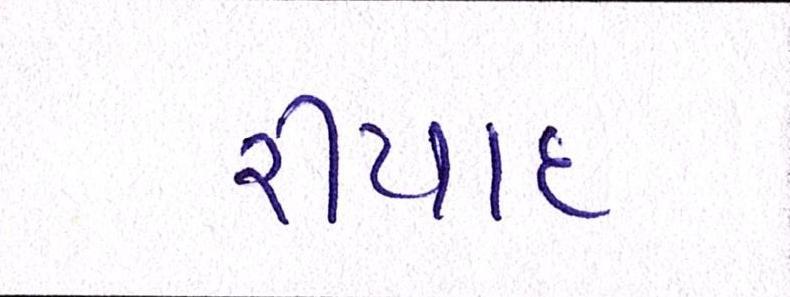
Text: રીયાદ